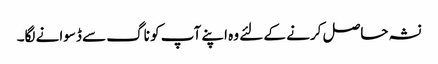
نشہ حاصل کرنے کے لئے وہ اپنے آپ کو ناگ سے ڈسوانے لگا۔